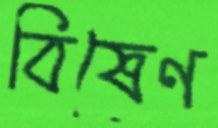
বিষেণ